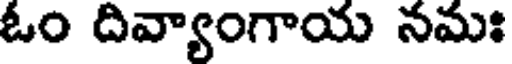
ఓం దివ్యాంగాయ నమః